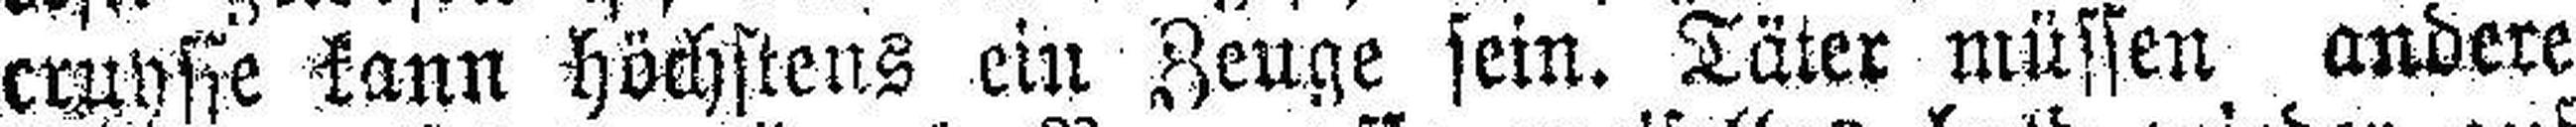
cruysse kann höchstens ein Zeuge sein. Täter müssen andere